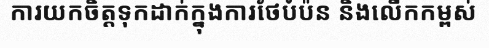
ការយកចិត្តទុកដាក់ក្នុងការថែបំប៉ន និងលើកកម្ពស់